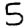
Digit: 5